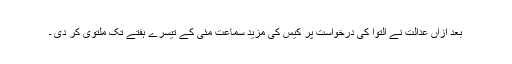
بعد ازاں عدالت نے التوا کی درخواست پر کیس کی مزید سماعت مئی کے تیسرے ہفتے تک ملتوی کر دی ۔